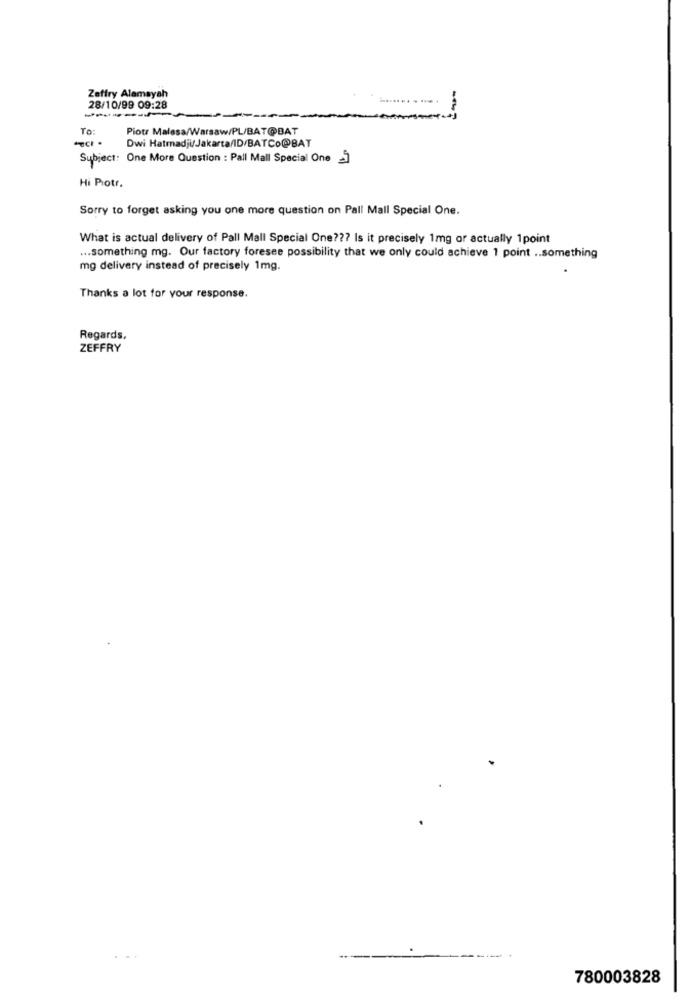
Zeffry Alamayah
.--..
-----
28/10/99 09:28
--
--
TO:
Piotr Malesa/Warsaw/PL/BATOBAT
Dwi Hatradji/Jakarta/ID/BATCo@BAT
Subject: One More Question : Pall Mall Special One 3
Hi Piotr.
Sorry to forget asking you one more question on Pall Mall Special One.
What is actual delivery of Pall Mall Special One ??? Is it precisely 1mg or actually 1point
... something mg. Our factory foresee possibility that we only could achieve 1 point .. something
mg delivery instead of precisely 1mg.
Thanks a lot for your response.
Regards,
ZEFFRY
780003828